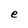
Character: e